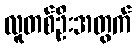
လူတစ်ဦးအတွက်